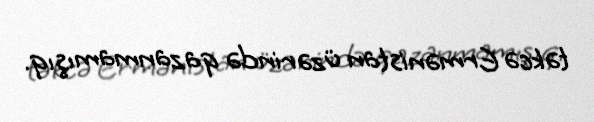
təkcə Ermənistan üzərində qazanmamışıq.